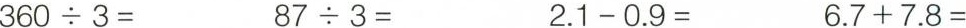
$$3 6 0 \div 3 =$$ $$8 7 \div 3 =$$ $$ 2 . 1 - 0 . 9 =$$ $$6 . 7 + 7 . 8 =$$